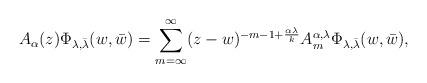
LaTeX: \begin{align*}A_\alpha(z)\Phi_{\lambda,\bar{\lambda}}(w,\bar{w})=\sum_{m=\infty}^\infty(z-w)^{-m-1+\frac{\alpha\lambda}{k}}A_{m}^{\alpha,\lambda}\Phi_{\lambda,\bar{\lambda}}(w,\bar{w}),\end{align*}